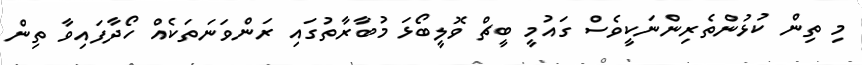
މި ތިން ކުޅުންތެރިންނަކީވެސް ގައުމީ ބީޗް ވޮލީބޯޅަ މުބާރާތުގައި ރަންވަނަތަކެއް ހޯދާފައިވާ ތިން